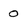
Character: 0